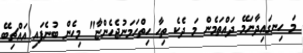
މަ ހިނގައިދާނަމޭ ދައްތަމެން މަ ދެކެ ތިހާ ހިތްހަމަނުޖެހެންޏާ" މިހެން ބުނެފައި އައްޗިބޭ